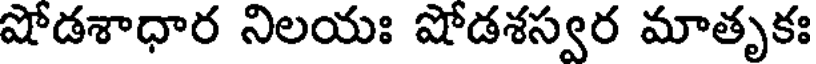
షోడశాధార నిలయః షోడశస్వర మాతృకః